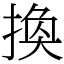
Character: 換